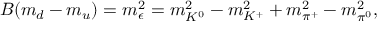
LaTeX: B ( m _ { d } - m _ { u } ) = m _ { \epsilon } ^ { 2 } = m _ { K ^ { 0 } } ^ { 2 } - m _ { K ^ { + } } ^ { 2 } + m _ { \pi ^ { + } } ^ { 2 } - m _ { \pi ^ { 0 } } ^ { 2 } ,